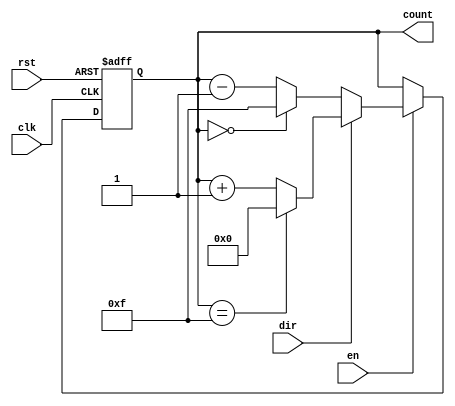
module multi_bit_counter #(
    parameter WIDTH = 4,         // Width of the counter (e.g., 4-bit, 8-bit)
    parameter ASYNC_RESET = 1    // 1 for asynchronous reset, 0 for synchronous reset
)(
    input wire clk,              // Clock signal
    input wire rst,              // Reset signal
    input wire en,               // Enable signal
    input wire dir,              // Direction signal (1 for up, 0 for down)
    output reg [WIDTH-1:0] count // Count output
);

    // Define maximum and minimum values based on WIDTH
    localparam MAX_COUNT = (1 << WIDTH) - 1; // 2^WIDTH - 1
    localparam MIN_COUNT = 0;

    // Asynchronous reset
    always @(posedge clk or posedge rst) begin
        if (rst) begin
            count <= MIN_COUNT; // Reset count to minimum value
        end else if (en) begin
            if (dir) begin
                // Up counting
                if (count == MAX_COUNT) begin
                    count <= MIN_COUNT; // Wrap around
                end else begin
                    count <= count + 1; // Increment count
                end
            end else begin
                // Down counting
                if (count == MIN_COUNT) begin
                    count <= MAX_COUNT; // Wrap around
                end else begin
                    count <= count - 1; // Decrement count
                end
            end
        end
    end

    // Synchronous reset (if ASYNC_RESET is 0)
    generate
        if (!ASYNC_RESET) begin
            always @(posedge clk) begin
                if (rst) begin
                    count <= MIN_COUNT; // Reset count to minimum value
                end else if (en) begin
                    if (dir) begin
                        // Up counting
                        if (count == MAX_COUNT) begin
                            count <= MIN_COUNT; // Wrap around
                        end else begin
                            count <= count + 1; // Increment count
                        end
                    end else begin
                        // Down counting
                        if (count == MIN_COUNT) begin
                            count <= MAX_COUNT; // Wrap around
                        end else begin
                            count <= count - 1; // Decrement count
                        end
                    end
                end
            end
        end
    endgenerate

endmodule